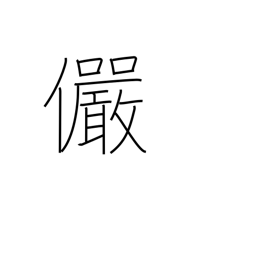
Meaning: serious